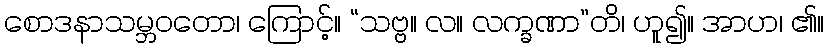
စောဒနာသမ္ဘဝတော၊ ကြောင့်။ “သဗ္ဗ။ လ။ လက္ခဏာ”တိ၊ ဟူ၍။ အာဟ၊ ၏။